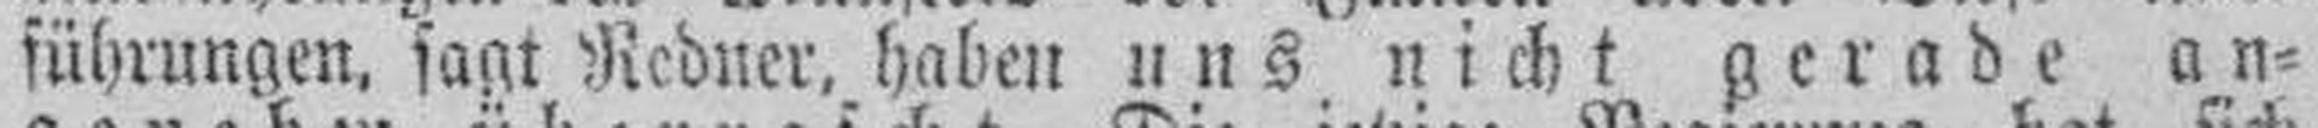
führungen, sagt Redner, haben uns nicht gerade an¬